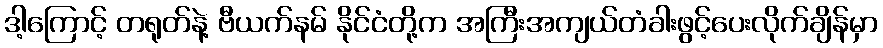
ဒါ့ကြောင့် တရုတ်နဲ့ ဗီယက်နမ် နိုင်ငံတို့က အကြီးအကျယ်တံခါးဖွင့်ပေးလိုက်ချိန်မှာ